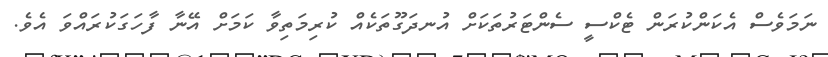
ނަމަވެސް އެކަންކުރަން ޓެކްސީ ސެންޓަރުތަކަށް އުނދަގޫތަކެއް ކުރިމަތިވާ ކަމަށް އޭނާ ފާހަގަކުރައްވަ އެވެ.